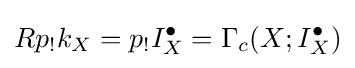
Rp_{!}k_{X}=p_{!}I_{X}^{\bullet }=\Gamma _{c}(X;I_{X}^{\bullet })